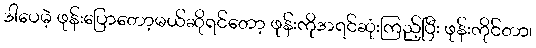
ဒါပေမဲ့ ဖုန်းပြောတော့မယ်ဆိုရင်တော့ ဖုန်းကိုအရင်ဆုံးကြည့်ပြီး ဖုန်းကိုင်တာ၊